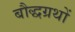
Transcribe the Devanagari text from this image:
बौद्धग्रथों